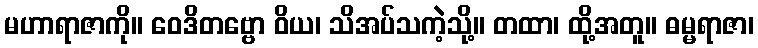
မဟာရာဇာကို။ ဝေဒိတဗ္ဗော ဝိယ၊ သိအပ်သကဲ့သို့။ တထာ၊ ထို့အတူ။ ဓမ္မရာဇာ၊